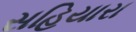
સહિયારા